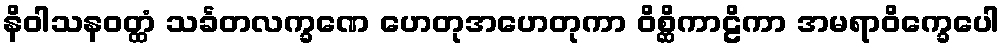
နိဝါသနဝတ္ထံ သင်္ခတလက္ခဏေ ဟေတုအဟေတုကာ ဝိစ္ဆိကာဠိကာ အမရာဝိက္ခေပေါ